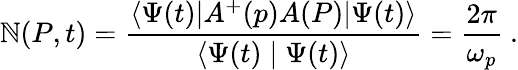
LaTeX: \mathbb{N}(P,t)=\frac{{\langle\Psi(t)|A^{+}(p)A(P)|\Psi(t)\rangle}}{{\langle\Psi(t)\mid\Psi(t)\rangle}}=\frac{{2\pi}}{{\omega_{p}}}\ .